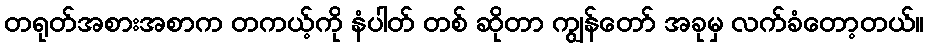
တရုတ်အစားအစာက တကယ့်ကို နံပါတ် တစ် ဆိုတာ ကျွန်တော် အခုမှ လက်ခံတော့တယ်။